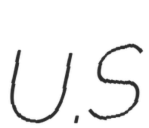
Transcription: U.S